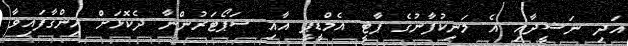
އަދި ނަޝީދާއި އެ މަނިކުފާނުގެ ޕާޓީ އެމްޑީޕީ އާއި ސަޕޯޓަރުންނާ ދެކޮޅަށް ހިންގާފައިވާ